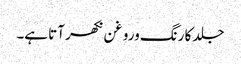
جلد کا رنگ وروغن نکھر آتا ہے۔